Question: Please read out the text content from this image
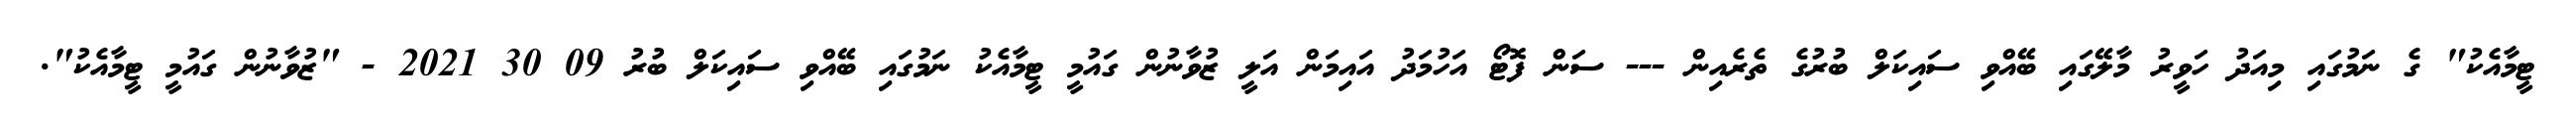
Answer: ޓީމާއެކު" ގެ ނަމުގައި މިއަދު ހަވީރު މާލޭގައި ބޭއްވި ސައިކަލް ބުރުގެ ތެރެއިން --- ސަން ފޮޓޯ އަހުމަދު އައިމަން އަލީ ޒުވާނުން ގައުމީ ޓީމާއެކު ނަމުގައި ބޭއްވި ސައިކަލް ބުރު 09 30 2021 - "ޒުވާނުން ގައުމީ ޓީމާއެކު".